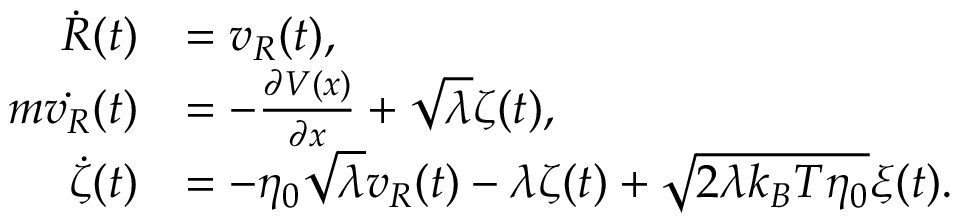
\begin{array} { r l } { \dot { R } ( t ) } & { = v _ { R } ( t ) , } \\ { m \dot { v _ { R } } ( t ) } & { = - \frac { \partial V ( x ) } { \partial x } + \sqrt { \lambda } \zeta ( t ) , } \\ { \dot { \zeta } ( t ) } & { = - \eta _ { 0 } \sqrt { \lambda } v _ { R } ( t ) - \lambda \zeta ( t ) + \sqrt { 2 \lambda k _ { B } T \eta _ { 0 } } \xi ( t ) . } \end{array}